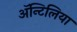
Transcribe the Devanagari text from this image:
अॅन्टिलिया